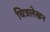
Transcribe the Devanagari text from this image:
चित्रलेखन